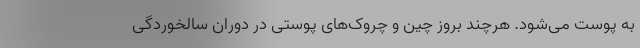
به پوست می‌شود. هرچند بروز چین و چروک‌های پوستی در دوران سالخوردگی